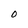
Character: O